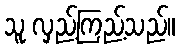
သူ လှည့်ကြည့်သည်။